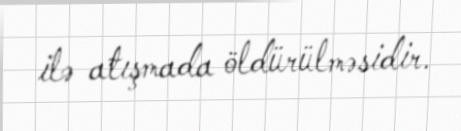
ilə atışmada öldürülməsidir.